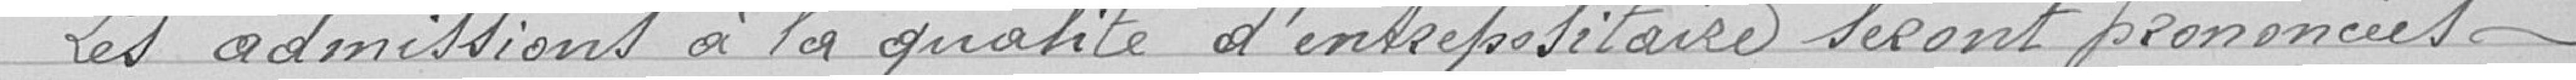
Les admissions à la qualité d'entrepositaires seront prononcées